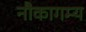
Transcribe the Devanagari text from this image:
नौकागम्य